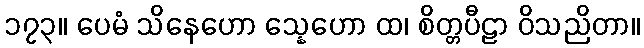
၁၇၃။ ပေမံ သိနေဟော သ္နေဟော ထ၊ စိတ္တပီဠာ ဝိသညိတာ။